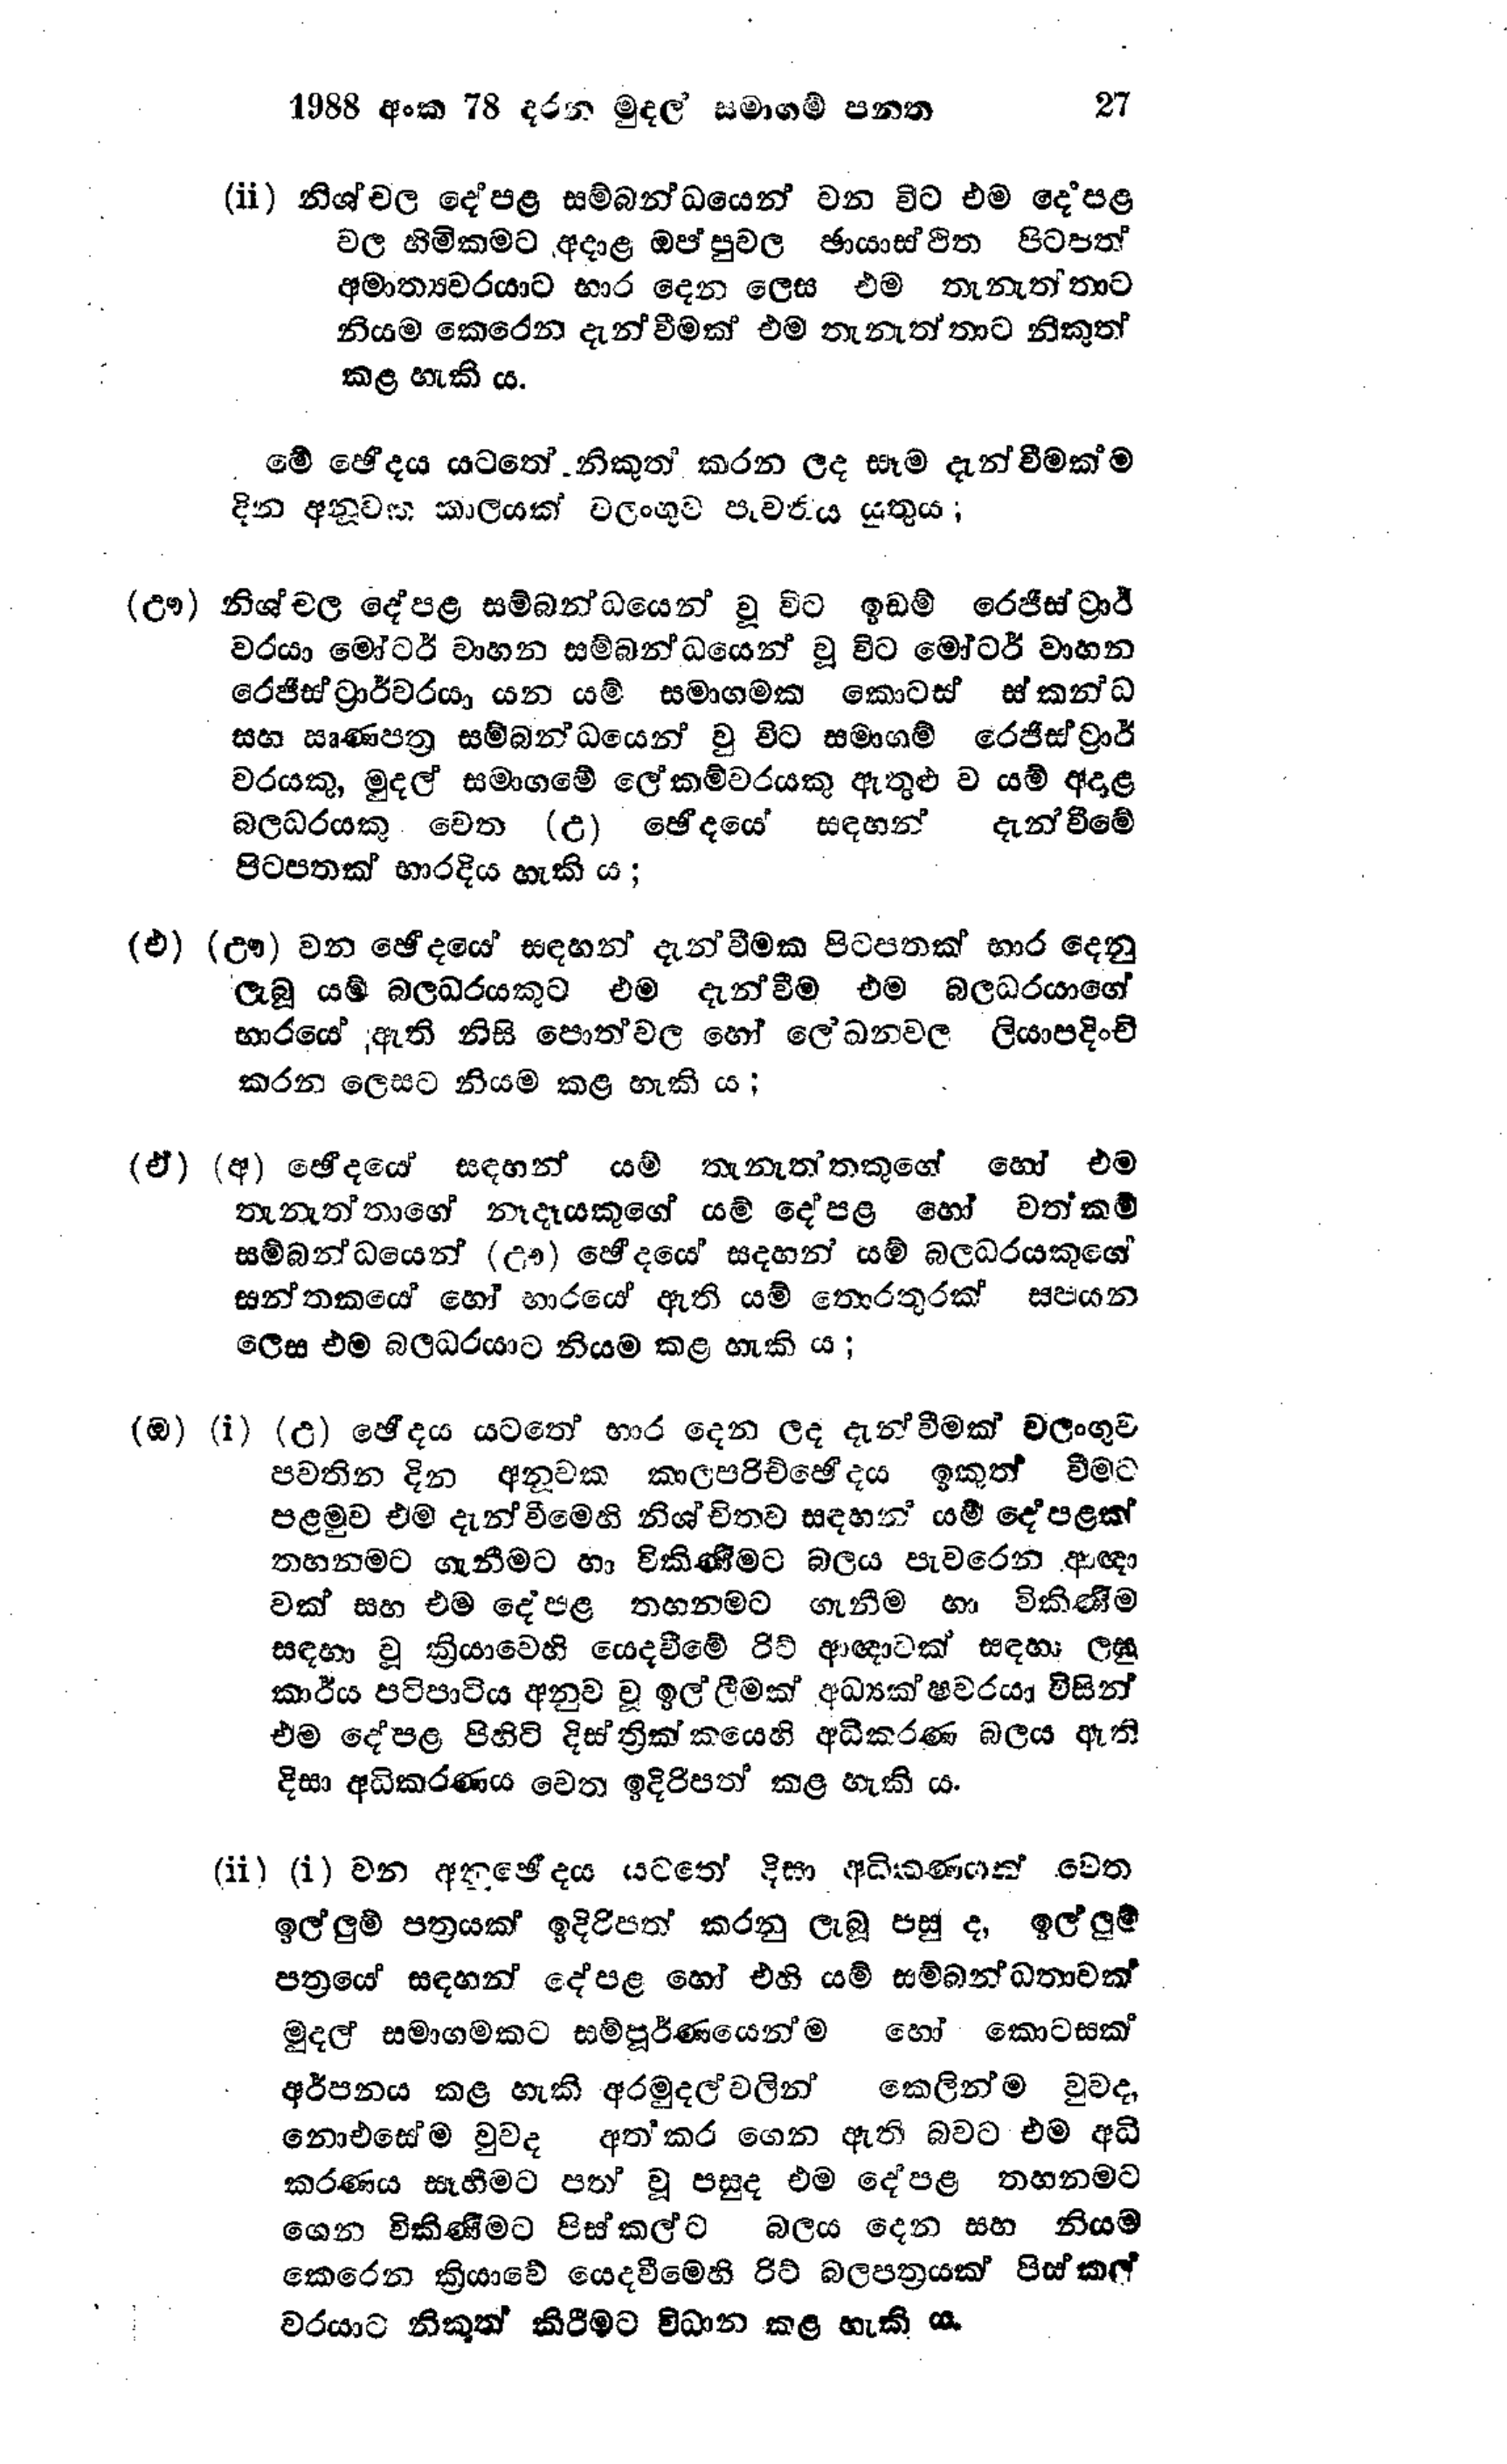
1988 අංක 78 දරන මුදල් සමාගම් පනත 27

(ii) නිශ්චල දේපළ සම්බන්ධයෙන් වන විට එම දෙපළ
වල හිමිකමට අදාළ ඔප්පුවල ඡායාස්ථිත පිටපත්
අමාත්‍යවරයාට භාර දෙන ලෙස එම තැනැත්තාට
නියම කෙරෙන දැන්වීමක් එම තැනැත්තාට නිකුත්
කළ හැකි ය.

මේ ඡේදය යටතේ නිකුත් කරන ලද සෑම දැන්වීමක්ම
දින අනුවක කාලයක් වලංගුව පැවතිය යුතුය;

(ඌ) නිශ්චල දේපළ සම්බන්ධයෙන් වූ විට ඉඩම් රෙජිස්ට්‍රාර්
වරයා මෝටර් වාහන සම්බන්ධයෙන් වූ විට මෝටර් වාහන
රෙජිස්ට්‍රාර්වරයා යන යම් සමාගමක කොටස් ස්කන්ධ
සහ ඍණපත්‍ර සම්බන්ධයෙන් වු විට සමාගම් රෙජිස්ට්‍රාර්
වරයකු, මුදල් සමාගමේ ලේකම්වරයකු ඇතුළු ව යම් අදාළ
බලධරයකු වෙත (උ) ඡේදයේ සඳහන් දැනවීමේ
පිටපතක් භාරදිය හැකි ය;

(එ) (ඌ) වන ඡේදයේ සඳහන් දැන්වීමක පිටපතක් භාර දෙනු
ලැබූ යම් බලධරයකුට එම දැන්වීම එම බලධරයාගේ
භාරයේ ඇති නිසි පොත්වල හෝ ලේඛන වල ලියාපදිංචි
කරන ලෙසට නියම කළ හැකි ය;

(ඒ) (අ) ඡේදයේ සඳහන් යම් තැනැත්තකුගේ හෝ එම
තැනැත්තාගේ නෑදෑයකුගේ යම් දේපළ හෝ වත්කම්
සම්බන්ධයෙන් (ඌ) ඡේදයේ සදහන් යම් බලධරයකුගේ
සන්තකයේ හෝ භාරයේ ඇති යම් තොරතුරක් සපයන
ලෙස එම බලධරයාට නියම කළ හැකිය;

(ඔ) (i) (උ) ඡේදය යටතේ භාර දෙන ලද දැන්වීමක් වලංගුව
පවතින දින අනූවක කාලපරිච්ඡේදය ඉකුත් වීමට
පළමුව එම දැන්වීමෙහි නිශ්චිතව සඳහන් යම් දේපළක්
තහනමට ගැනීමට හා විකිණීමට බලය පැවරෙන ආඥා
වක් සහ එම දේපළ තහනමට ගැනීම හා විකිණීම
සඳහා වූ ක්‍රියාවෙහි යෙදවීමේ රිට් ආඥාවක් සඳහා ලඝු
කාර්ය පටිපාටිය අනුව වූ ඉල්ලීමක් අධ්‍යක්ෂවරයා විසින්
එම දේපළ පිහිටි දිස්ත්‍රික්කයෙහි අධිකරණ බලය ඇති
දිසා අධිකරණය වෙත ඉදිරිපත් කළ හැකි ය.

(ii) (i) වන අනුඡේදය යටතේ දිසා අධිකණයක් වෙත
ඉල්ලුම් පත්‍රයක් ඉදිරිපත් කරනු ලැබූ පසු ද, ඉල්ලුම්
පත්‍රයේ සඳහන් දේපළ හෝ එහි යම් සම්බන්ධතාවක්
මුදල් සමාගමකට සම්පුර්ණයෙන්ම හෝ කොටසක්
අර්පනය කළ හැකි අරමුදල් වලින් කෙලින්ම වුවද,
නොඑසේම වුවද අත් කර ගෙන ඇති බවට එම අධි
කරණය සෑහීමට පත් වූ පසුද එම දේපළ තහනමට
ගෙන විකිණීමට පිස්කල්ට බලය දෙන සහ නියම
කෙරෙන ක්‍රියාවේ යෙදවීමෙහි රිට් බලපත්‍රයක් පිස්කල්
වරයාට නිකුත් කිරීමට විධාන කළ හැකි ය.